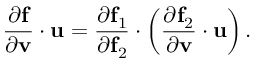
{ \frac { \partial \mathbf { f } } { \partial \mathbf { v } } } \cdot \mathbf { u } = { \frac { \partial \mathbf { f } _ { 1 } } { \partial \mathbf { f } _ { 2 } } } \cdot \left( { \frac { \partial \mathbf { f } _ { 2 } } { \partial \mathbf { v } } } \cdot \mathbf { u } \right) .